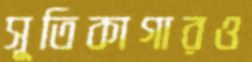
সূতিকাগারও